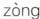
zòng